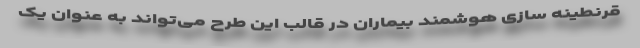
قرنطینه سازی هوشمند بیماران در قالب این طرح می‌تواند به عنوان یک